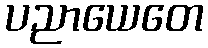
ပညာယေတေ